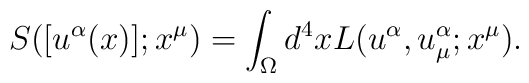
{S}([u^\alpha(x)]; x^\mu)=\int_\Omega d^4 x {L}(u^{\alpha},u_{\mu}^{\alpha}; x^\mu ).